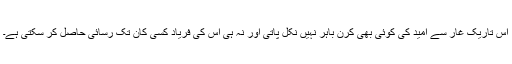
اس تاریک غار سے امید کی کوئی بھی کرن باہر نہیں نکل پاتی اور نہ ہی اس کی فریاد کسی کان تک رسائی حاصل کر سکتی ہے۔